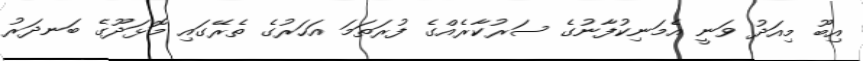
އިބޫ މިއަދު ވަނީ އެމަނިކުފާނުގެ ސަރުކާރެއްގެ ފުރަތަމަ އަހަރުގެ ތެރޭގައި މޮޅަދޫގެ ބަނދަރު